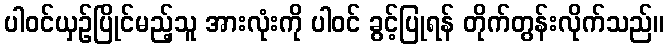
ပါဝင်ယှဉ်ပြိုင်မည့်သူ အားလုံးကို ပါဝင် ခွင့်ပြုရန် တိုက်တွန်းလိုက်သည်။